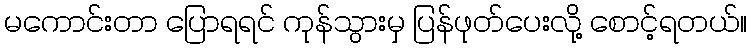
မကောင်းတာ ပြောရရင် ကုန်သွားမှ ပြန်ဖုတ်ပေးလို့ စောင့်ရတယ်။